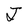
Character: J